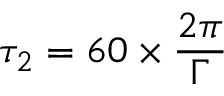
\tau _ { 2 } = 6 0 \times \frac { 2 \pi } { \Gamma }